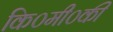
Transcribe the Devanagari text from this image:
कि०मी०की